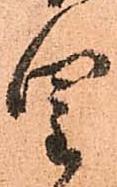
皇